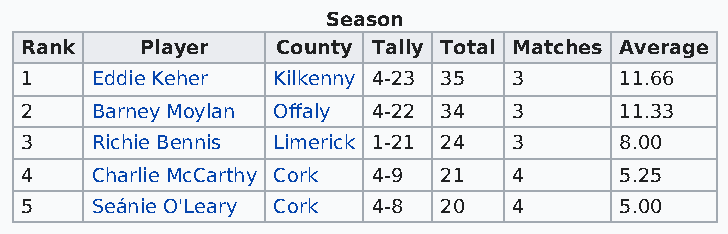
Season
 Rank    Player   County Tally Total Matches Average
 1    Eddie Keher Kilkenny 4-23 35 3     11.66
 2    Barney Moylan Offaly 4-22 34 3     11.33
 3    Richie Bennis Limerick 1-21 24 3   8.00
 4    Charlie McCarthy Cork 4-9 21 4     5.25
 5    Seánie O'Leary Cork 4-8 20  4      5.00